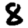
Digit: 8